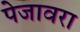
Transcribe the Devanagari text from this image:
पेजावरा